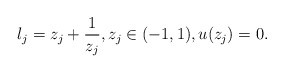
\begin{align*}\l_j=z_j+\frac1{z_j}, z_j\in(-1,1), u(z_j)=0.\end{align*}